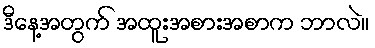
ဒီနေ့အတွက် အထူးအစားအစာက ဘာလဲ။